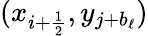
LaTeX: (x_{i+\frac{1}{2}},y_{j+b_{\ell}})